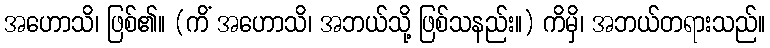
အဟောသိ၊ ဖြစ်၏။ (ကိံ အဟောသိ၊ အဘယ်သို့ ဖြစ်သနည်း။) ကိမှိ၊ အဘယ်တရားသည်။